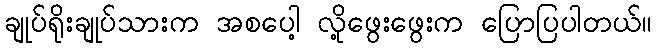
ချုပ်ရိုးချုပ်သားက အစပေါ့ လို့ဖွေးဖွေးက ပြောပြပါတယ်။